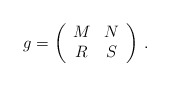
\begin{align*}g=\left(\begin{array}{cc}M&N\\R&S\end{array}\right) \, .\end{align*}